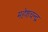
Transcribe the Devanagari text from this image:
महेशचन्द्र